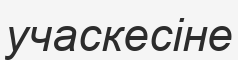
учаскесіне